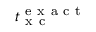
t _ { \mathrm { ~ x ~ c ~ } } ^ { \mathrm { ~ e ~ x ~ a ~ c ~ t ~ } }